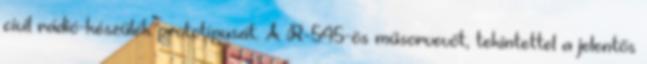
civil rádió-készülék prototípusát. A R-545-ös műsorvevőt, tekintettel a jelentős